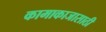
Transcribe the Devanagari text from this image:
कामाकाजासाठी